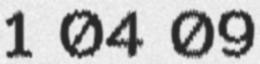
1 04 09